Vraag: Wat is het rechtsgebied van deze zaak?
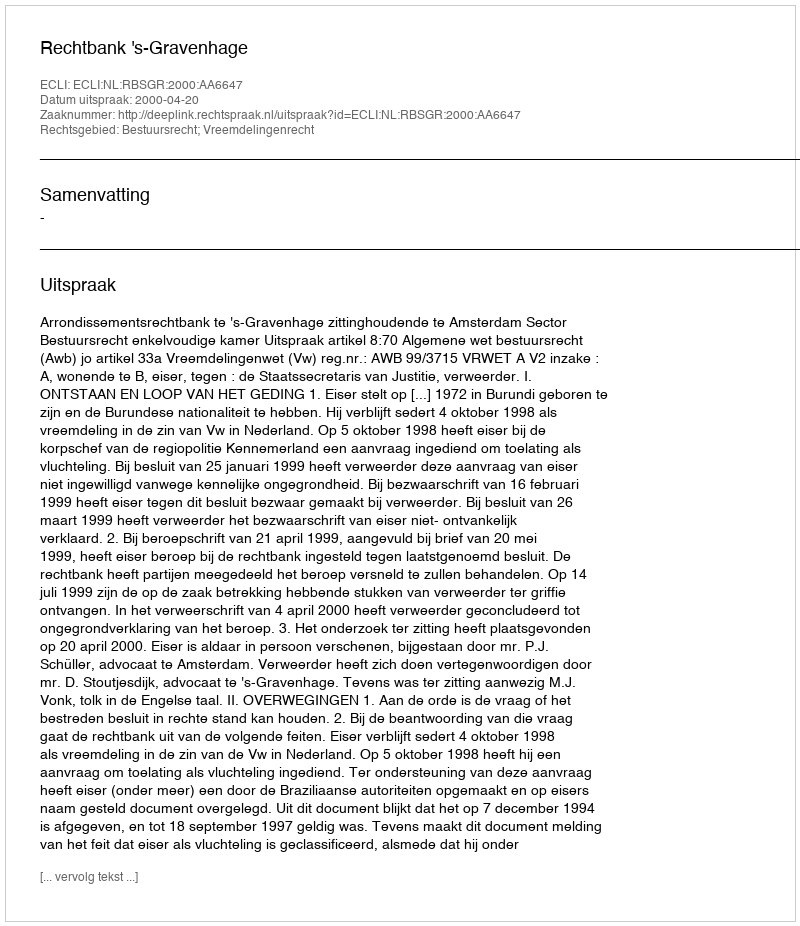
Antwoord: Bestuursrecht; Vreemdelingenrecht